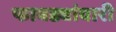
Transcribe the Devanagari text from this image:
फावड्यांवारी